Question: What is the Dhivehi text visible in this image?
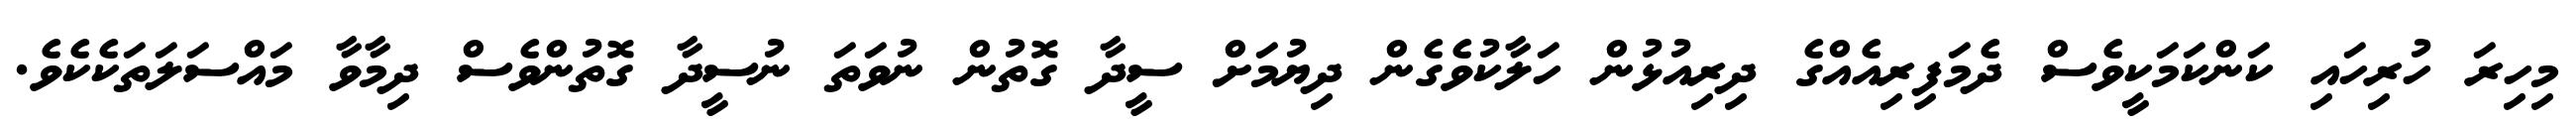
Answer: މިހިރަ ހުރިހައި ކަންކަމަކީވެސް ދެމަފިރިއެއްގެ ދިރިއުޅުން ހަލާކުވެގެން ދިޔުމަށް ސީދާ ގޮތުން ނުވަތަ ނުސީދާ ގޮތުންވެސް ދިމާވާ މައްސަލަތަކެކެވެ.